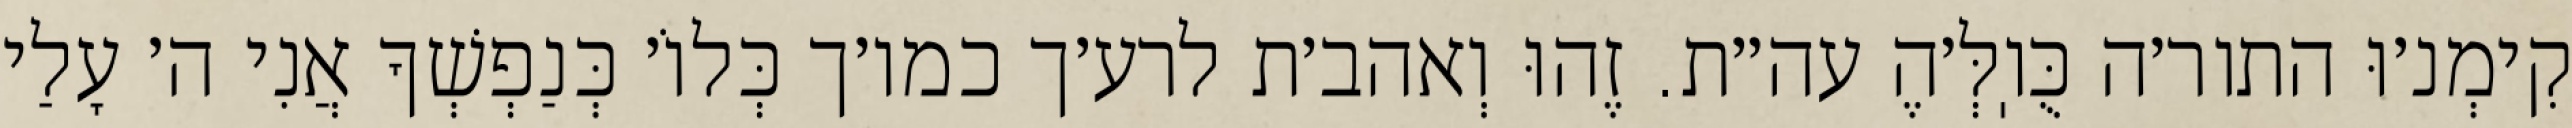
קִימְנ׳וּ התור׳ה כֻּוֽלְּ׳הֶ עה״ת. זֶהוּ וְאהב׳ת לרע׳ך כמו׳ך כְּלוֹ׳ כְּנַפְשְׁךָ אֲנִי ה׳ עָלַי